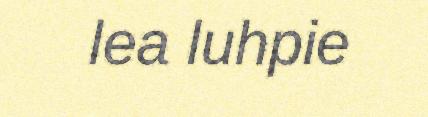
lea luhpie